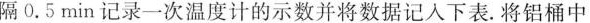
隔0.5min记录一次温度计的示数并将数据记入下表。将铝桶中